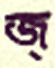
জ্